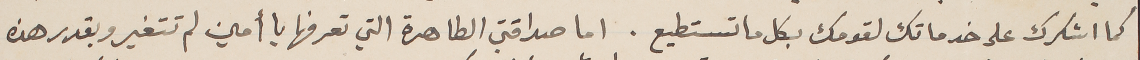
كما اشكرك على خدماتك لقومك بكل ما تستطيع. اما صداقتي الطاهرة التي تعرفها يا أمين لم تتغير وبقدر هذه